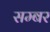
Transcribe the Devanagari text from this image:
सम्बर